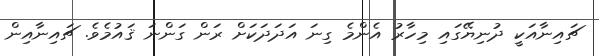
ޗައިނާއަކީ ދުނިޔޭގައި މިހާރު އެންމެ ގިނަ އަދަދަކަށް ރަން ގަންނަ ޤައުމެވެ. ޗައިނާއިން